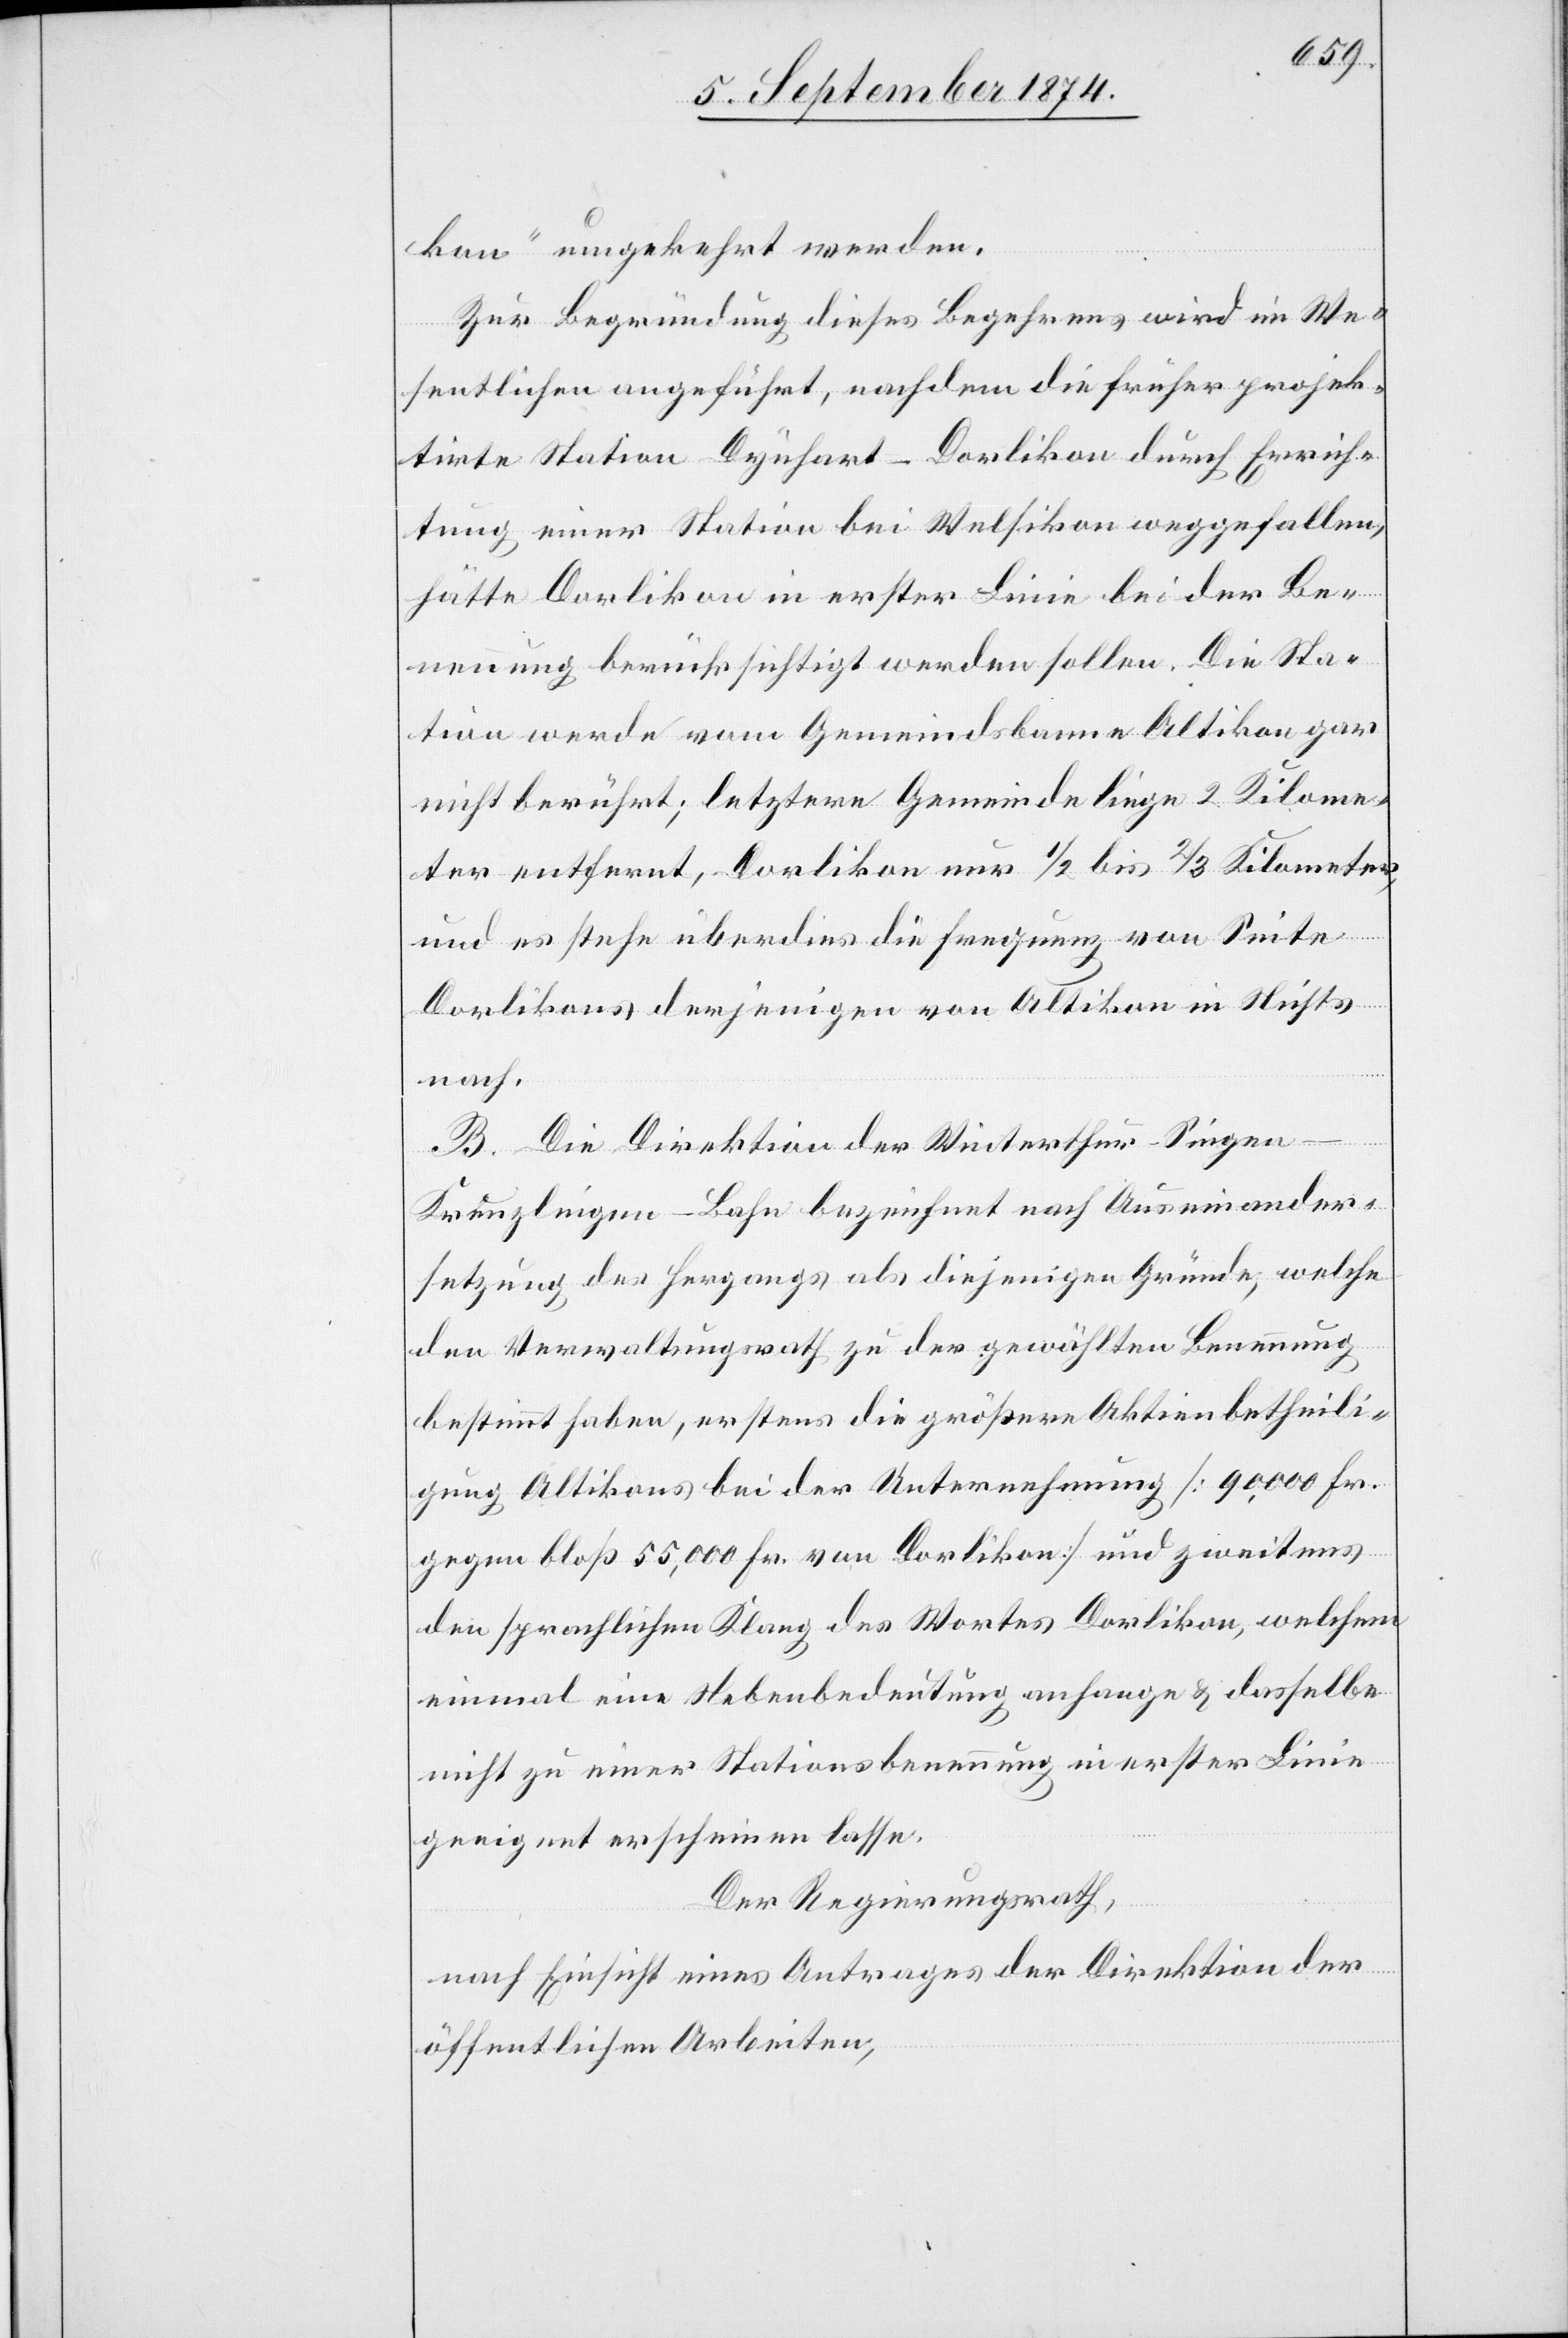
kon“ umgekehrt werden.
Zur Begründung dieses Begehrens wird im We¬
sentlichen angeführt, nachdem die früher projek¬
tirte Station Dynhart [sic!]-Dorlikon durch Errich¬
tung einer Station bei Welsikon weggefallen,
hätte Dorlikon in erster Linie bei der Be¬
nennung berücksichtigt werden sollen. Die Sta¬
tion werde vom Gemeindsbanne Altikon gar
nicht berührt; letztere Gemeinde liege 2 Kilome¬
ter entfernt, Dorlikon nur 1/2 bis 2/3 Kilometer,
und es stehe überdies die Frequenz von Seite
Dorlikons derjenigen von Altikon in Nichts
nach.
B. Die Direktion der Winterthur–Singen–K¬
reuzlingen-Bahn bezeichnet nach Auseinander¬
setzung des Hergangs als diejenigen Gründe, welche
den Verwaltungsrath zu der gewählten Benennung
bestimmt habe, erstens die größere Aktienbetheili¬
gung Altikons bei der Unternehmung [90,000 Fr.
gegen bloß 55,000 Fr. von Dorlikon] und zweitens
den sprachlichen Klang des Wortes Dorlikon, welchem
einmal eine Nebenbedeutung anhange u. dasselbe
nicht zu einer Stationsbenennung in erster Linie
geeignet erscheinen lasse.
Der Regierungsrath,
nach Einsicht eines Antrages der Direktion der
öffentlichen Arbeiten,